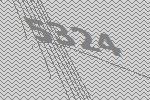
5324